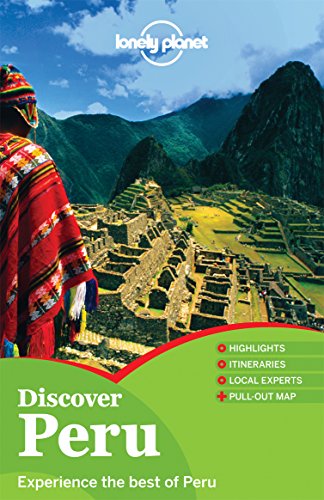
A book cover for Lonely Planet Discover Peru (Full Color Country Travel Guide); Carolina A Miranda; Travel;